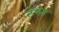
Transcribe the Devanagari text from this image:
सम्ब